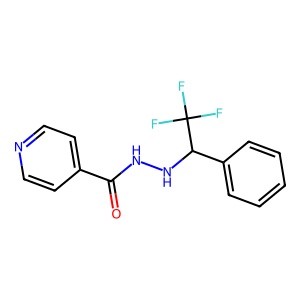
SMILES: O=C(NNC(c1ccccc1)C(F)(F)F)c1ccncc1
Inhibits HIV replication: No